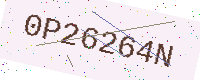
Text: 0P26264N